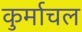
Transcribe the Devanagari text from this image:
कुर्माचल